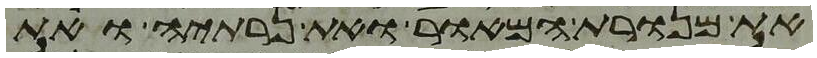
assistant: את מנורת המאור ואת נרתיה ואת